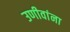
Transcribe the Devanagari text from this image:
उणीवांना